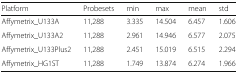
<table><thead><tr><td><b>Platform</b></td><td><b>Probesets</b></td><td><b>min</b></td><td><b>max</b></td><td><b>mean</b></td><td><b>std</b></td></tr></thead><tbody><tr><td>Affymetrix_U133A</td><td>11,288</td><td>3.335</td><td>14.504</td><td>6.457</td><td>1.606</td></tr><tr><td>Affymetrix_U133A2</td><td>11,288</td><td>2.961</td><td>14.946</td><td>6.577</td><td>2.075</td></tr><tr><td>Affymetrix_U133Plus2</td><td>11,288</td><td>2.451</td><td>15.019</td><td>6.515</td><td>2.294</td></tr><tr><td>Affymetrix_HG1ST</td><td>11,288</td><td>1.749</td><td>13.874</td><td>6.274</td><td>1.966</td></tr></tbody></table>